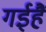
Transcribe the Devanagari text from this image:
गईहैं